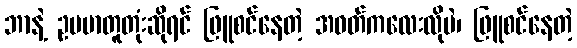
ဘာနဲ့ ဥပမာတူတုံးဆိုရင် ဖြူစင်နေတဲ့ အဝတ်ကလေးလိုပဲ၊ ဖြူစင်နေတဲ့